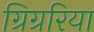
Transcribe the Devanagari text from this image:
ग्रिग्ररिया